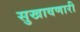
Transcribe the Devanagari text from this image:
सुखावणारी